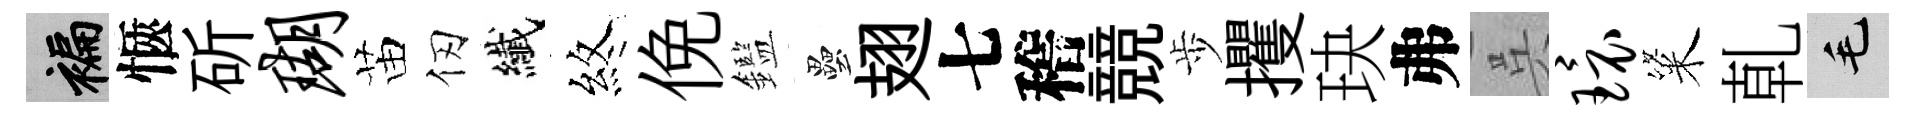
褊愜斫瑚苗仞纎煞俛鑑壘翅七稽競歩攫玦弗呉环粢乹毛